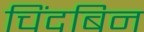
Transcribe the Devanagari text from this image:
चिंदबिन